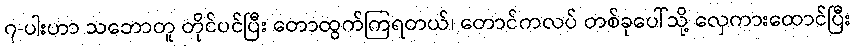
၇-ပါးဟာ သဘောတူ တိုင်ပင်ပြီး တောထွက်ကြရတယ်၊ တောင်ကလပ် တစ်ခုပေါ်သို့ လှေကားထောင်ပြီး